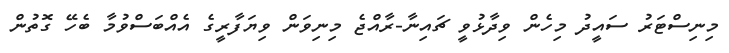
މިނިސްޓަރު ސައީދު މިހެން ވިދާޅުވީ ޗައިނާ-ރާއްޖެ މިނިވަން ވިޔަފާރީގެ އެއްބަސްވުމާ ބެހޭ ގޮތުން